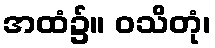
အထံ၌။ ဝသိတုံ၊